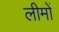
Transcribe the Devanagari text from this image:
लीमों